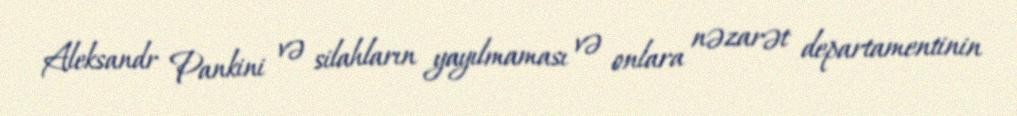
Aleksandr Pankini və silahların yayılmaması və onlara nəzarət departamentinin